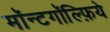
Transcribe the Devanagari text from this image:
मॉन्टगॉल्फ़िये